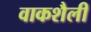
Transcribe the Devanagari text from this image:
वाकशैली